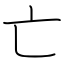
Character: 亡